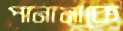
পানামাকে